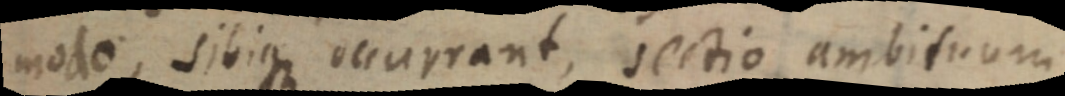
modo, sibique occurrant, sectio ambituum